Indian journal of veterinary science and animal husbandry - Volume 1,
Year: 1931
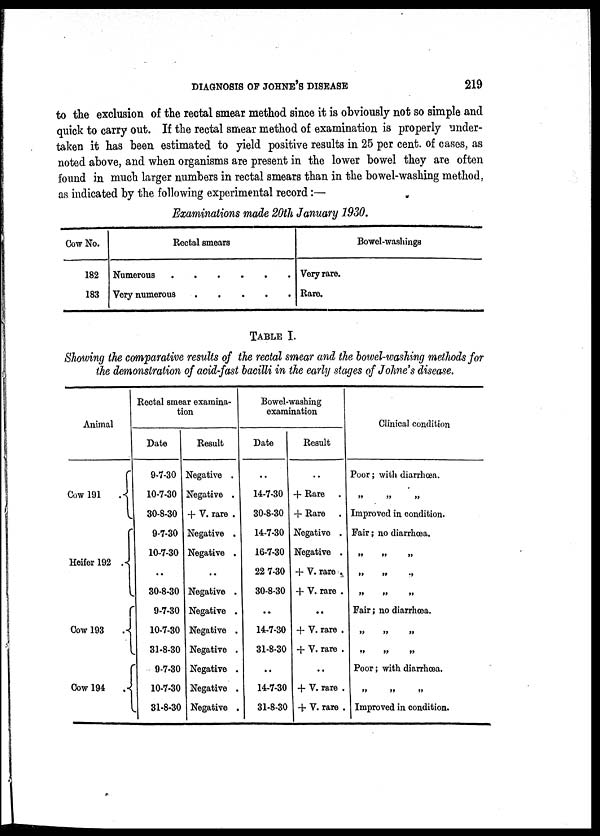
COLON BACTERIA IN THE MILK SUPPLY AT PUSA
223
A positive reaction for B. coli was given by 1 c. c. milk on only four out of
twelve tests in October 1930 and three out of fifteen in November 1930, and was
absent in all the tests in December 1930 and January 1931.
We see from the table that in the months November to February members
of the VP+MR—group were found much less frequently than those of the VP—
MR+group ; in the next three months, March to May, this disparity grew less,
and from June to September the number of VP+forms was found to equal or
surpass that of the VP—forms.
Further examinations of the VP+forms enabled two-thirds of them to be
identified as Aerobacter œrogenes (Kruse) Beijerinck, and the remainder as Aerobacter
cloacœ, (Jordan) Bergey et al.
Identification of the VP—forms was more difficult. Using the classification
of Bergey's Determinative Bacteriology (3rd Ed.), the three species Escherischia
formica, vesiculiformis, and acidi lactici made up 30 per cent., E. anindolica 7 per
cent., E. enterica 1.3 per cent. and E. communior 0.75 per cent. of the cultures
isolated. The other sixty per cent. were not identified ; thirty per cent. had no
action on salicin, but produced gas from sucrose, sixteen per cent. had no action
on sucrose, but produced gas from salicin, ten per cent. produced gas from both
sucrose and salicin, three per cent. produced acid and gas from sucrose and gas
from salicin, and the remaining forms produced acid from sucrose and had no action
on salicin.
It was noticed that Escherischia coli (Escherisch) Castellani and Chalmers, the
type species of the genus, was never found.